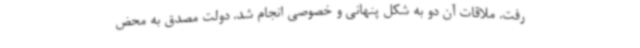
رفت. ملاقات آن دو به شکل پنهانی و خصوصی انجام شد. دولت مصدق به محض